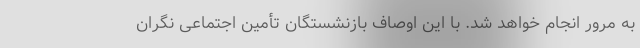
به مرور انجام خواهد شد. با این اوصاف بازنشستگان تأمین اجتماعی نگران